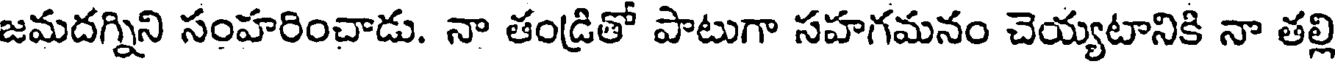
జమదగ్నిని సంహరించాడు. నా తండ్రితో పాటుగా సహగమనం చెయ్యటానికి నా తల్లి